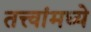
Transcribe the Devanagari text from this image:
तत्त्वांमध्ये